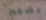
بضغط